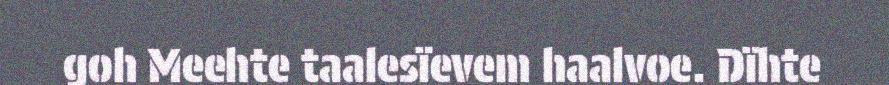
goh Meehte taalesïevem haalvoe. Dïhte